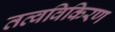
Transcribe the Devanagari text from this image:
तत्वविकिरण